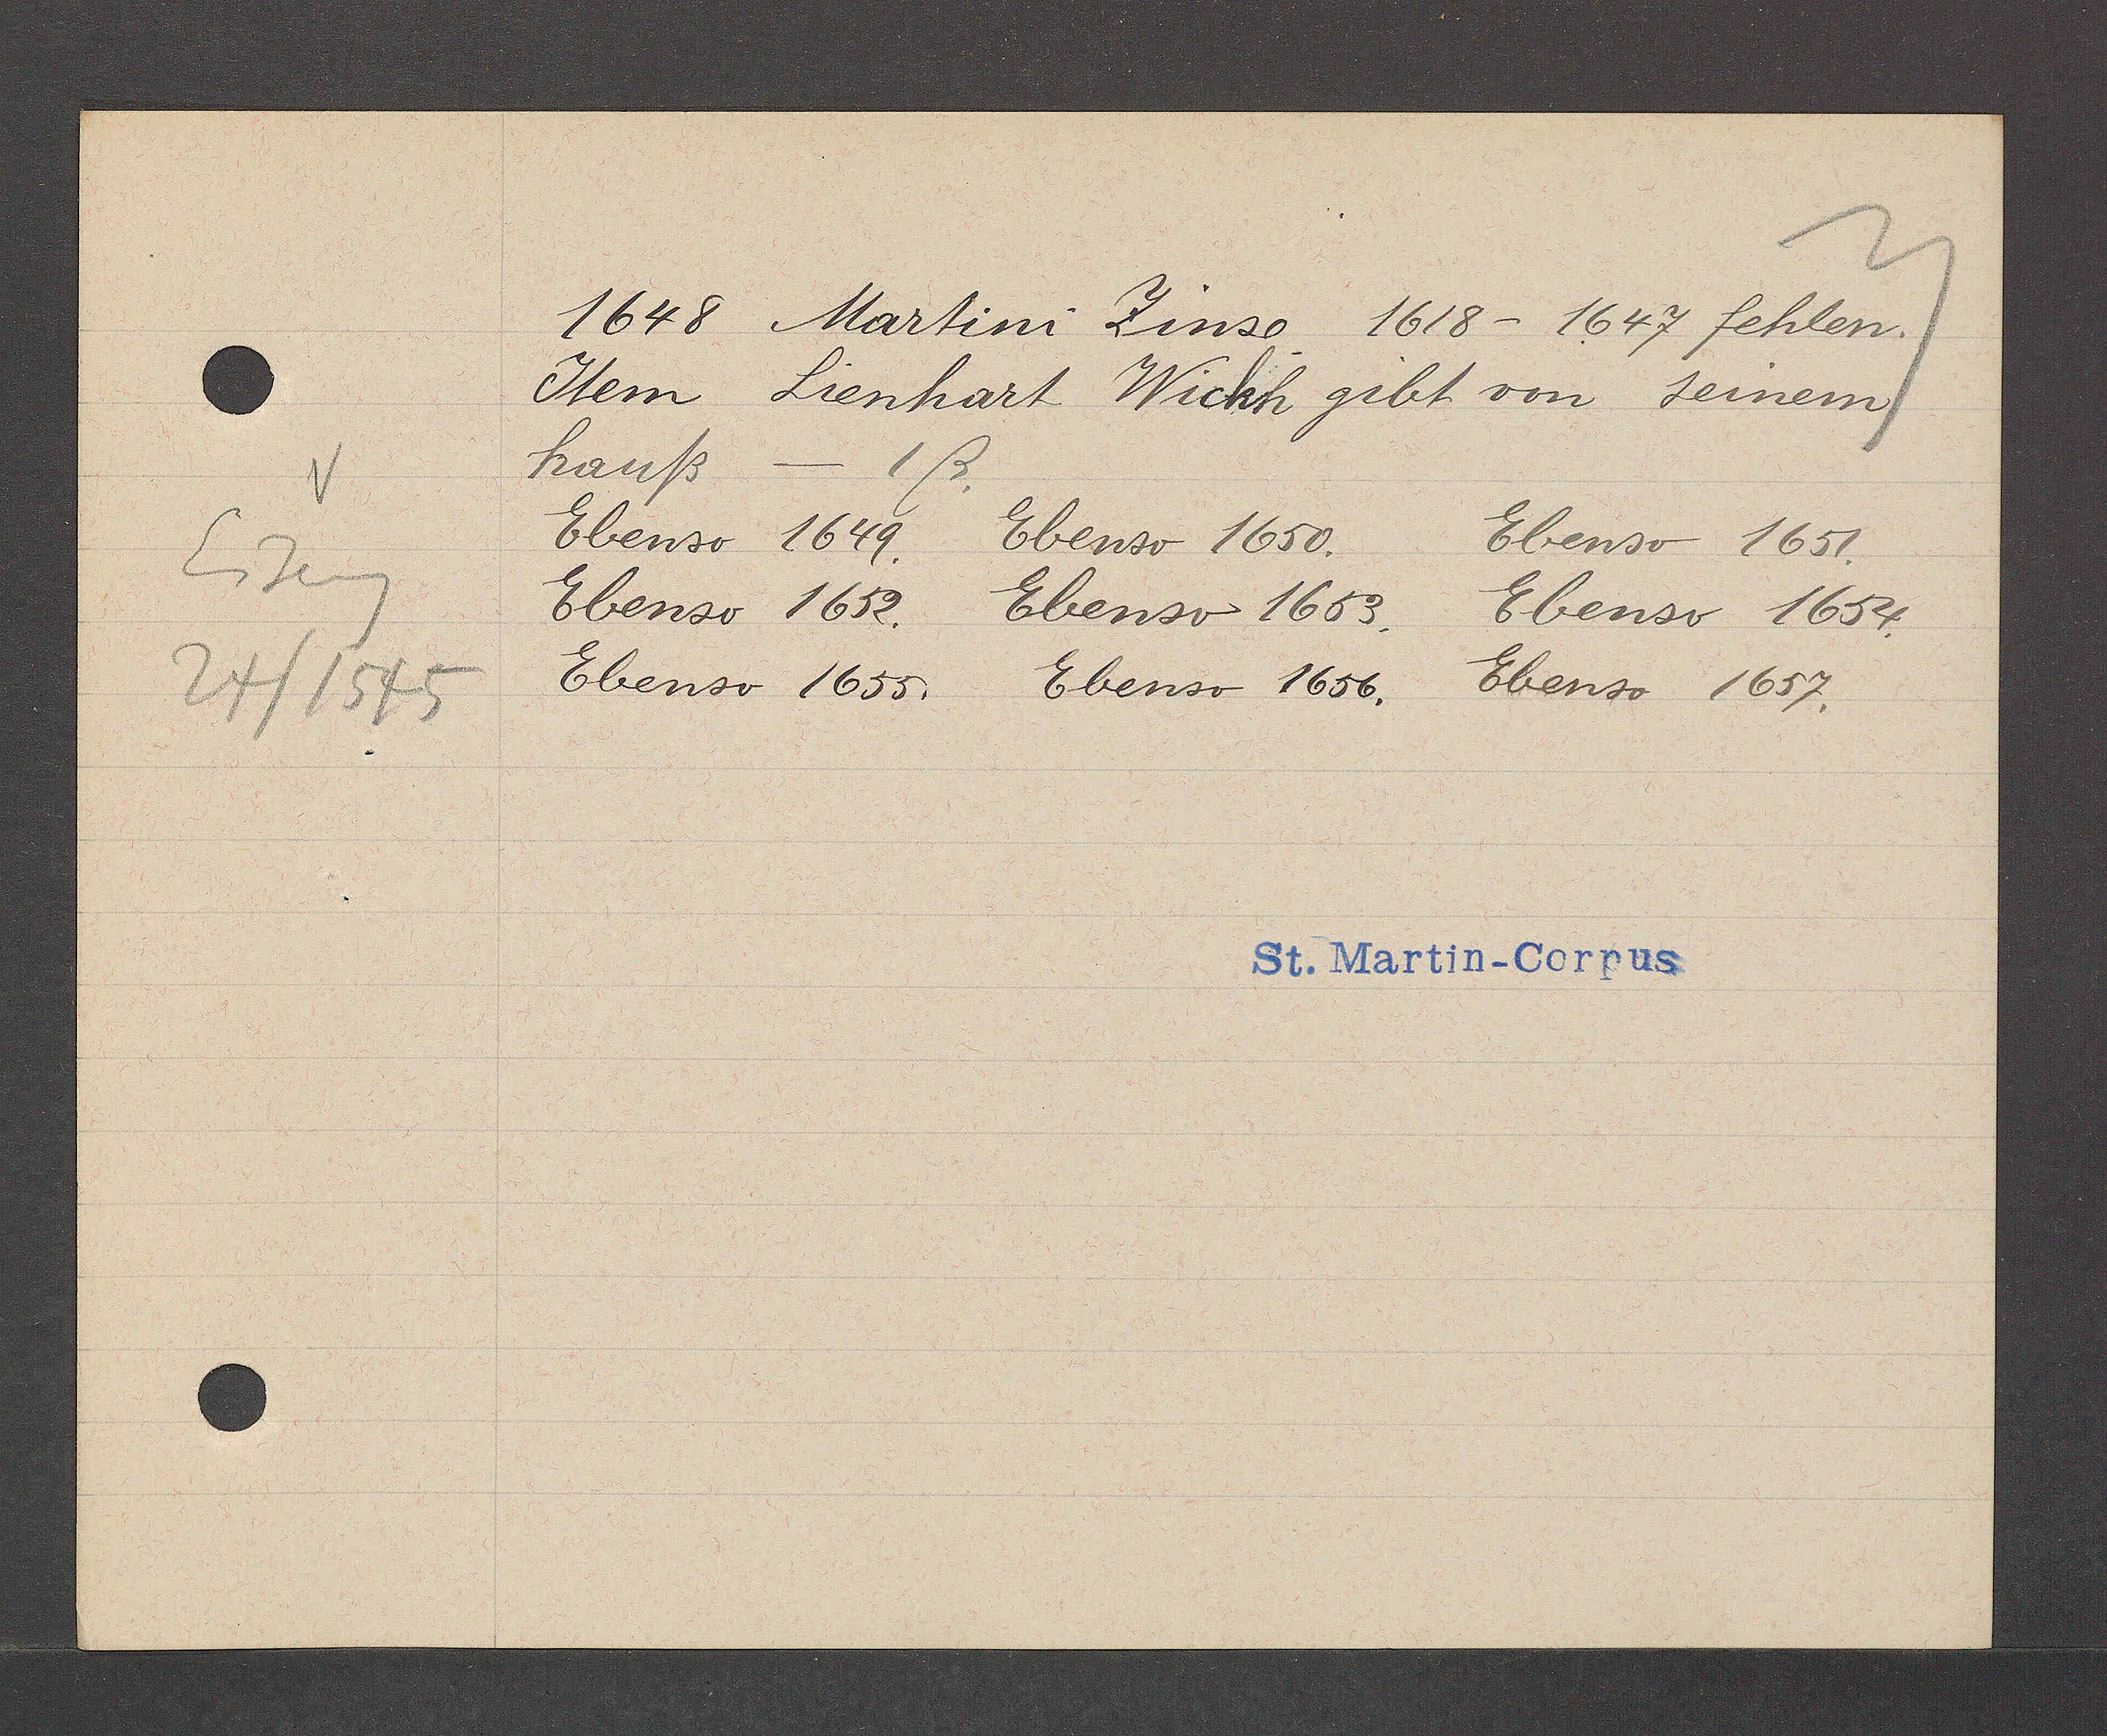
Transcript:
Eiseng
24/1575

1648 Martini Zinso 1618- 1647 fehlen.
Item Lienhart Wickh gibt von seinem
hauß - 1ß.
Ebenso 1649
Ebenso 1650.
Ebenso 1651.
Ebenso 1652. Ebenso 1653.
Ebenso 1654.
Ebenso 1655. Ebenso 1656. Ebenso 1657.